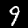
Label: 9